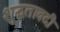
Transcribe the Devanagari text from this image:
शुद्धतावदी